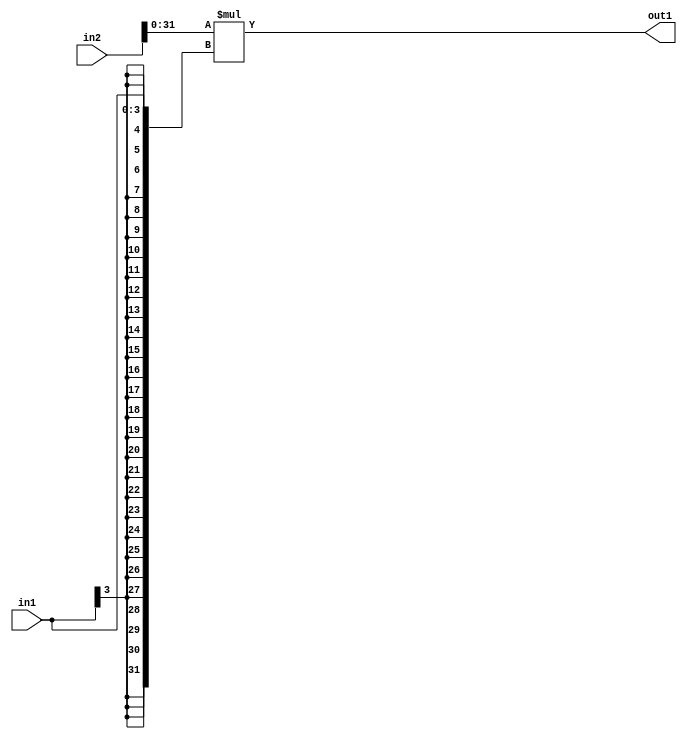
`timescale 1ps / 1ps
/*****************************************************************************
    Verilog RTL Description
    
    
    Created by: Stratus DpOpt 21.05.01 
*******************************************************************************/

module SobelFilter_Mul_33Sx4S_32S_1 (
	in2,
	in1,
	out1
	); /* architecture "behavioural" */ 
input [32:0] in2;
input [3:0] in1;
output [31:0] out1;
wire [31:0] asc001;

assign asc001 = 
	+(in2[31:0] * {{28{in1[3]}}, in1});

assign out1 = asc001;
endmodule

/* CADENCE  ubL3TQs= : u9/ySxbfrwZIxEzHVQQV8Q== ** DO NOT EDIT THIS LINE ******/